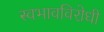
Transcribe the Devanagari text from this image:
स्वभावविरोधी